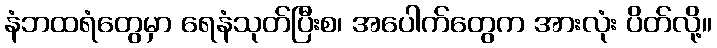
နံဘထရံတွေမှာ ရေနံသုတ်ပြီးစ၊ အပေါက်တွေက အားလုံး ပိတ်လို့။